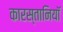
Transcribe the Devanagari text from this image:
कारस्तानियॉ